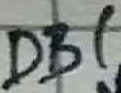
Text: DB1